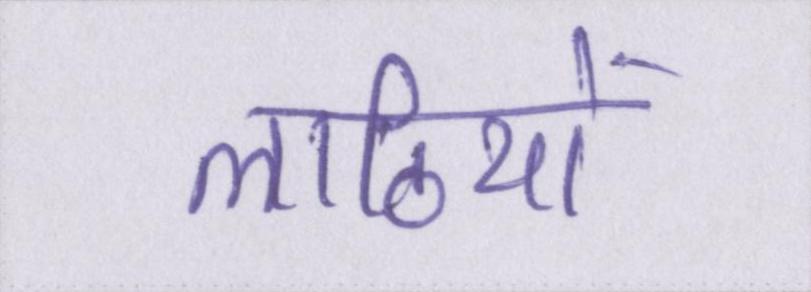
लाठियों